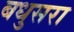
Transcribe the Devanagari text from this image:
बधुसरा